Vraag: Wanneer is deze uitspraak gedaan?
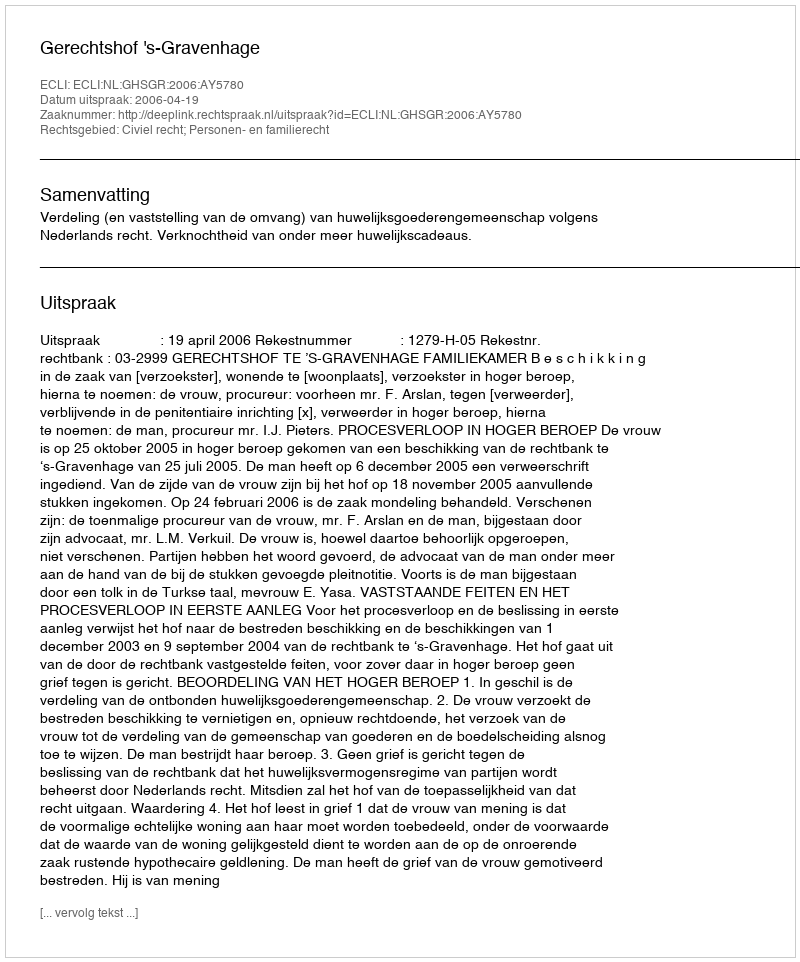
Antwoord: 2006-04-19